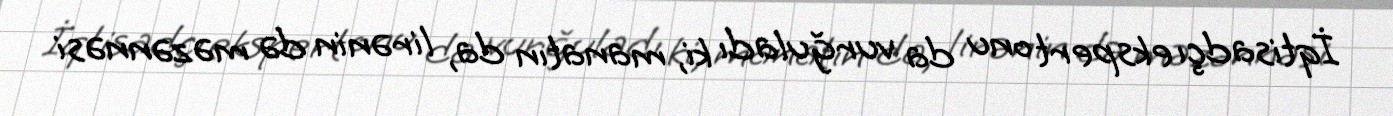
İqtisadçı ekspert onu da vurğuladı ki, manatın da, lirənin də məzənnəsi